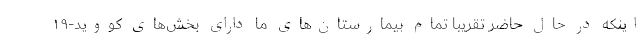
اینکه در حال حاضر تقریبا تمام بیمارستان‌های ما دارای بخش‌های کووید-۱۹